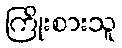
ကြိုးစားသူ